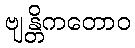
ဗျန္တိကတောဝ